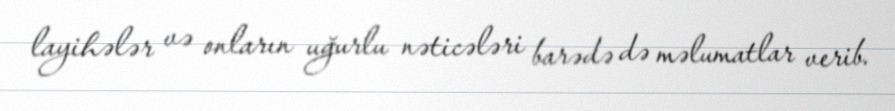
layihələr və onların uğurlu nəticələri barədə də məlumatlar verib.